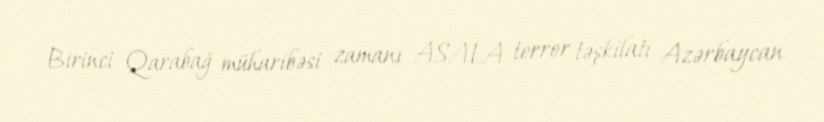
Birinci Qarabağ müharibəsi zamanı ASALA terror təşkilatı Azərbaycan